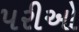
પરીઓ